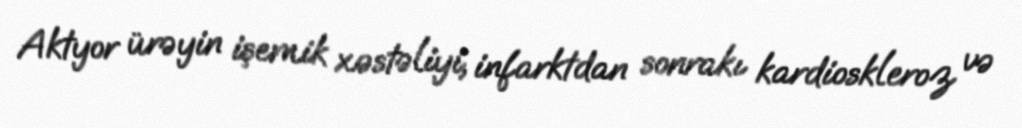
Aktyor ürəyin işemik xəstəliyi, infarktdan sonrakı kardioskleroz və